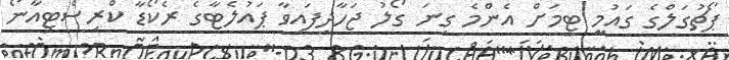
ޕޯޗުގަލްގެ ގައުމީ ޓީމަށް އެންމެ ގިނަ ގޯލު ޖަހާދީފައިވާ ޕައުލެޓާގެ ރެކޯޑާ ކްރިސްޓިއާނޯ